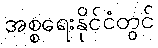
အစ္စရေးနိုင်ငံတွင်